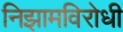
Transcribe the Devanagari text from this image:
निझामविरोधी